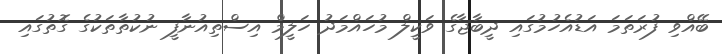
ބޭއްވި ފުރަތަމަ އަޑުއެހުމުގައި ދީބާޖާގެ ވަކީލް މުހައްމަދު ހަލީމް އިސްތިއުނާފީ ނުކުތާތަކުގެ ގޮތުގައި